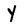
Character: Y